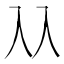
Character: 𠓜